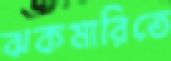
ঝকমারিতে